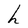
Character: h